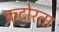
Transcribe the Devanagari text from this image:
कदोरता